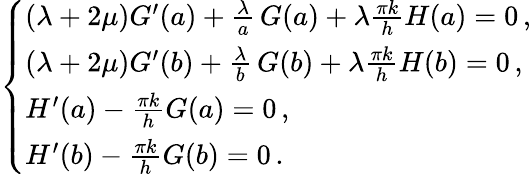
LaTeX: \left\{ \begin{array}{ll}{(\lambda+2\mu)G^{\prime}(a)+\frac{\lambda}{a}\, G(a)+\lambda\frac{\pi k}{h}H(a)=0\, ,}\\ {(\lambda+2\mu)G^{\prime}(b)+\frac{\lambda}{b}\, G(b)+\lambda\frac{\pi k}{h}H(b)=0\, ,}\\ {H^{\prime}(a)-\frac{\pi k}{h}G(a)=0\, ,}\\ {H^{\prime}(b)-\frac{\pi k}{h}G(b)=0\, .}\end{array}\right.